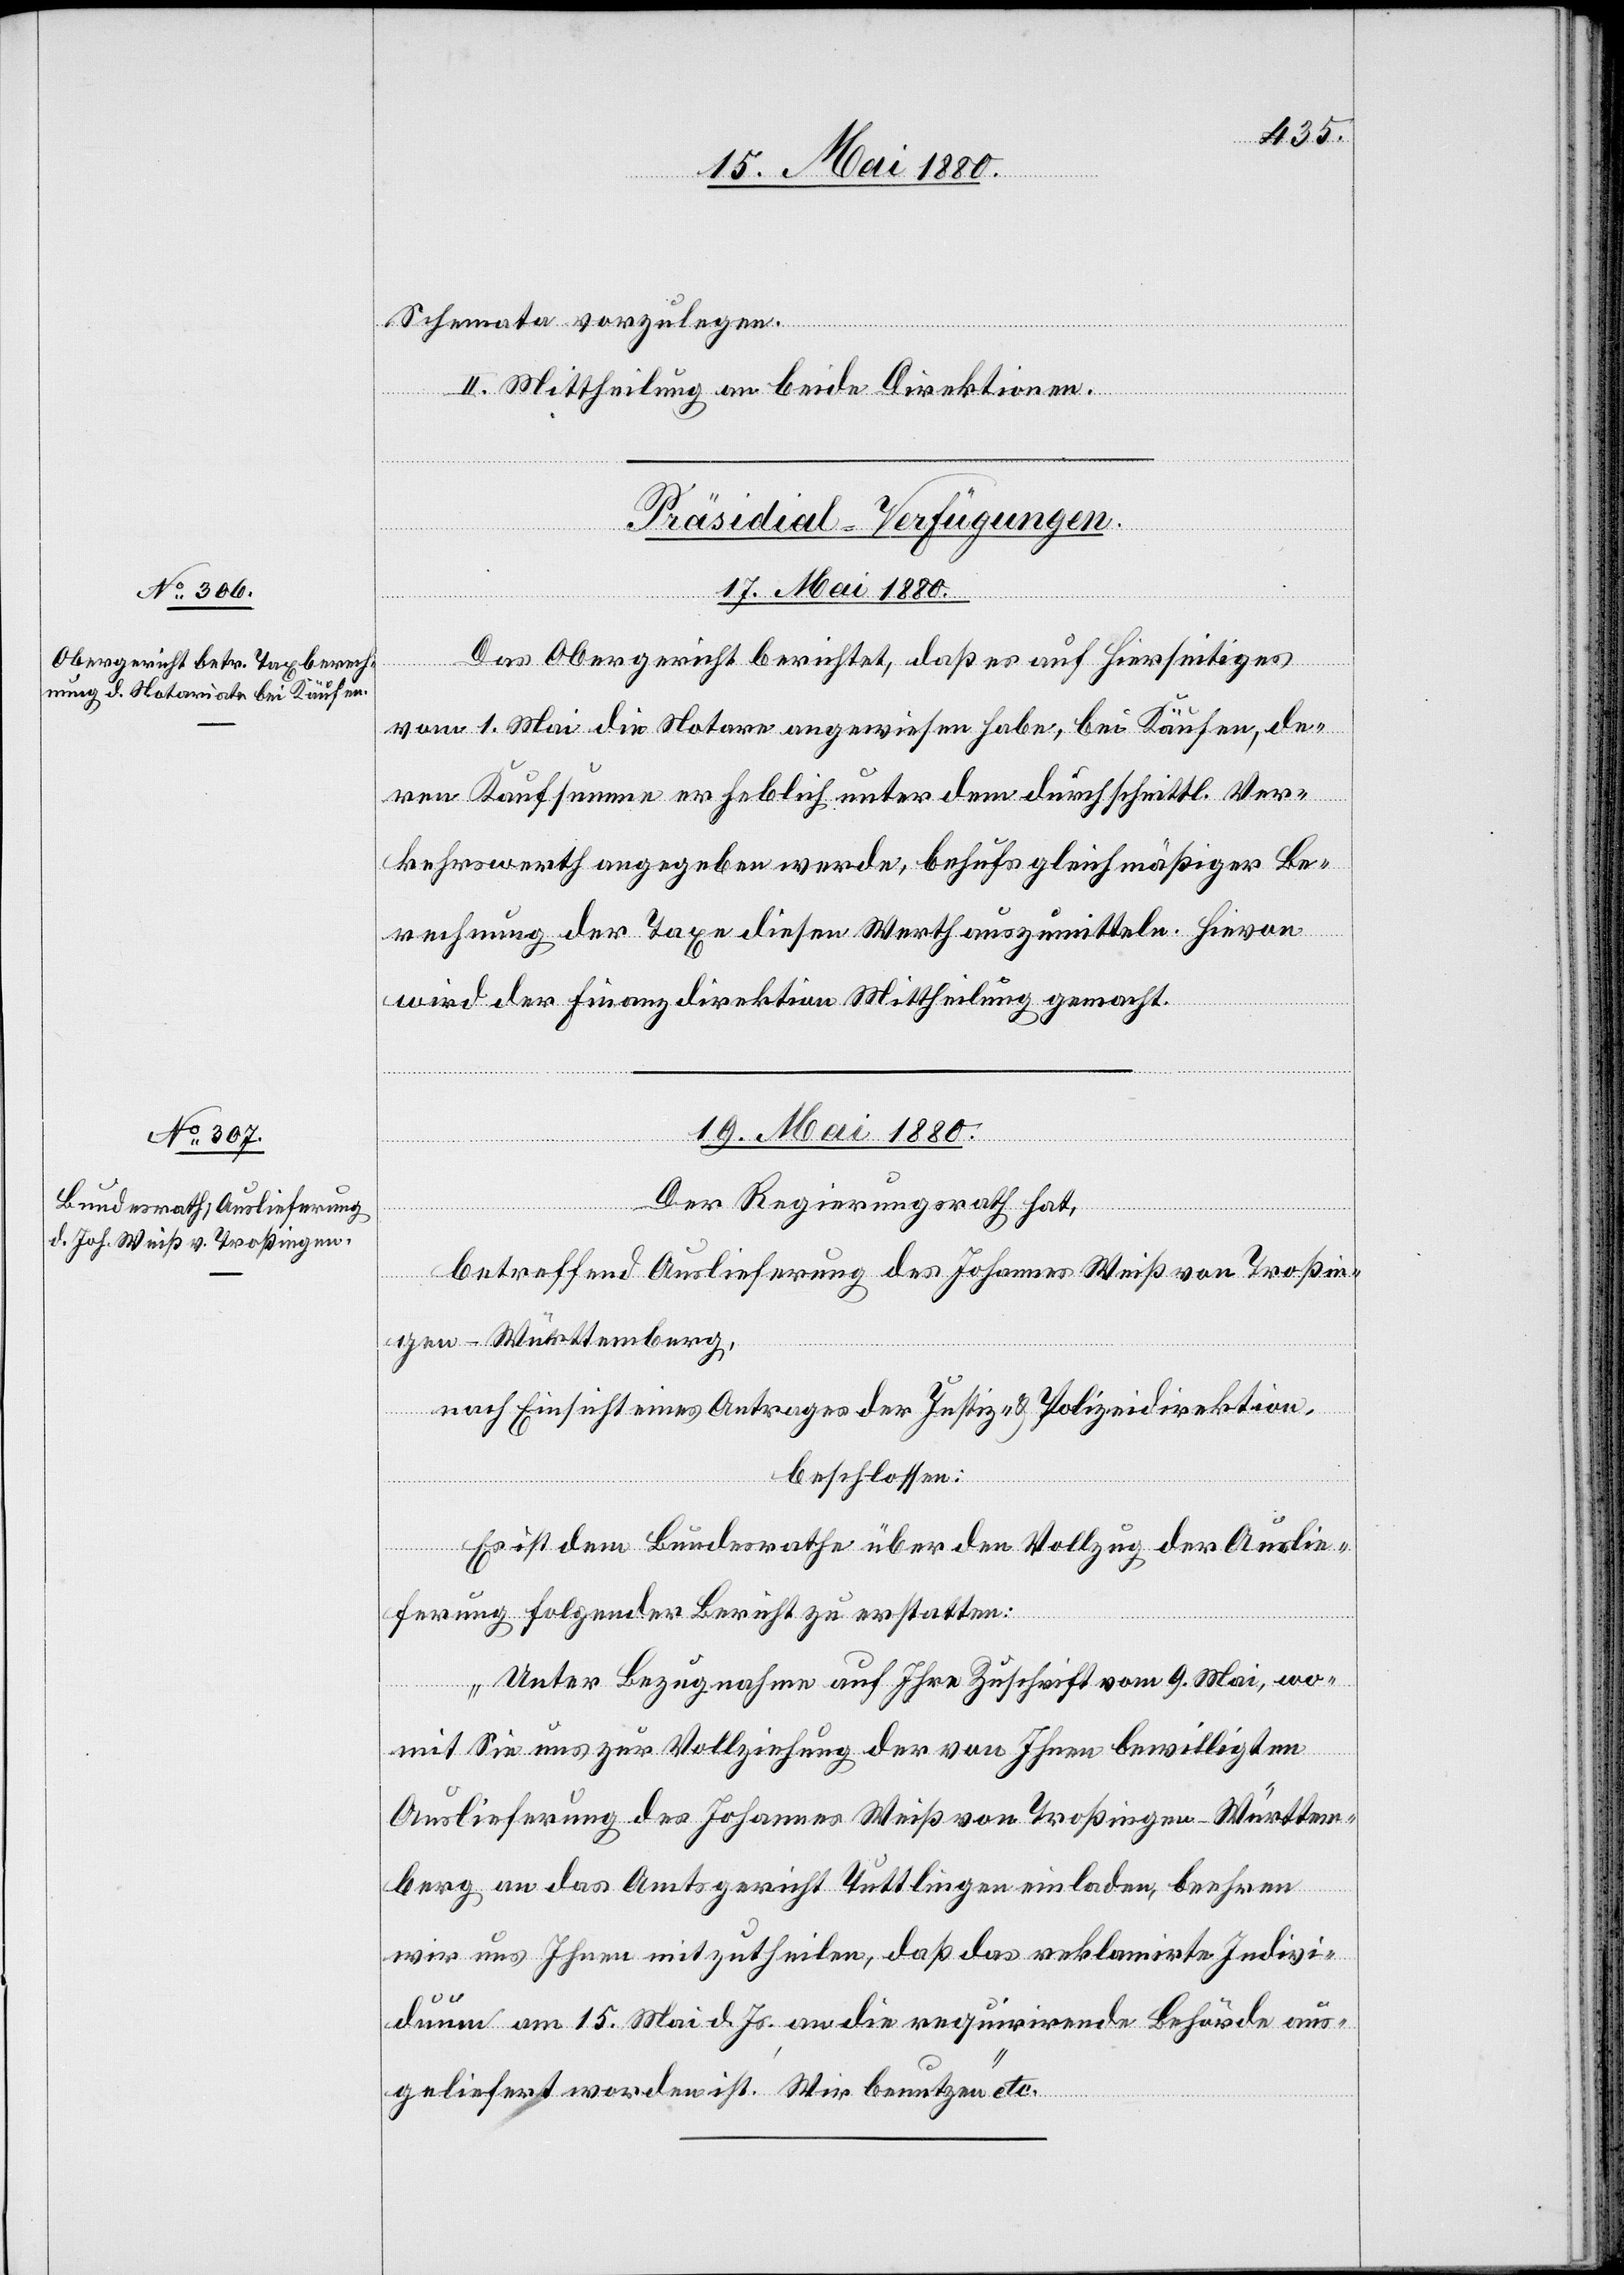
Schematat vorzulegen.
II. Mittheilung an beide Direktionen.
[Präsidial-Verfügungen.]
17. Mai 1880.
Das Obergericht berichtet, daß es auf hierseitiges
vom 1. Mai die Notare angewiesen habe, bei Käufen, de¬
ren Kaufsumme erheblich unter dem durchschnittl. Ver¬
kehrswerte angegeben werde, behufs gleichmäßiger Be¬
rechnung der Taxe diesen Werth auszumitteln. Hievon
wird der Finanzdirektion Mittheilung gemacht.
19. Mai 1880.
Der Regierungsrath hat,
betreffend Auslieferung des Johannes Weiß von Troßin¬
gen - Württemberg,
nach Einsicht eines Antrages der Justiz- & Polizeidirektion,
beschlossen:
Es ist dem Bundesrathe über den Vollzug der Auslie¬
ferung folgender Bericht zu erstatten:
„Unter Bezugnahme auf Ihre Zuschrift vom 9. Mai, wo¬
mit Sie uns zur Vollziehung der von Ihnen bewilligten
Auslieferung des Johannes Weiß von Troßingen - Württem¬
berg an das Amtsgericht Tuttlingen einladen, beehren
wir uns Ihnen mitzutheilen, daß das reklamirte Indivi¬
duum am 15. Mai d. Js. an die requirirende Behörde aus¬
geliefert worden ist. Wir benutzen“ etc.